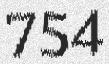
754